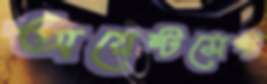
অয়েন্টমেন্ট